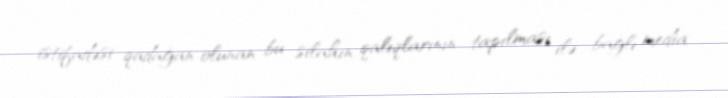
istifadəsi qadağan olunan bu silahın qalıqlarının tapılması ilə bağlı media